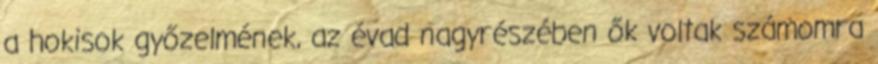
a hokisok győzelmének, az évad nagyrészében ők voltak számomra